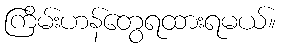
ကြိမ်းဟန်တွေရထားရမယ်။